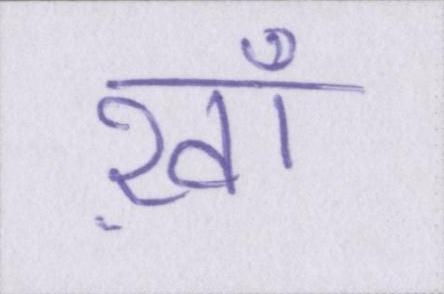
ख़ाँ